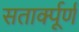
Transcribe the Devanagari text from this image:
सतार्क्पूर्ण